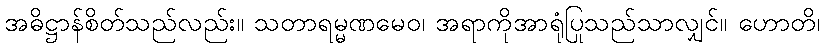
အဓိဋ္ဌာန်စိတ်သည်လည်း။ သတာရမ္မဏမေဝ၊ အရာကိုအာရုံပြုသည်သာလျှင်။ ဟောတိ၊